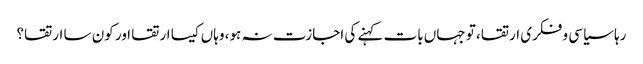
رہا سیاسی و فکری ارتقا، تو جہاں بات کہنے کی اجازت نہ ہو، وہاں کیسا ارتقا اور کون سا ارتقا؟